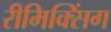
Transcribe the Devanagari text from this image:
रीमिक्सिंग